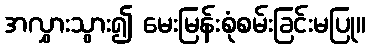
အလွှားသွား၍ မေးမြန်းစုံစမ်းခြင်းမပြု။